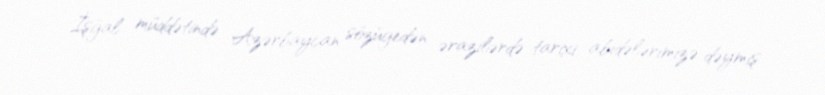
İşğal müddətində Azərbaycan sözügedən ərazilərdə tarixi abidələrimizə dəymiş